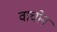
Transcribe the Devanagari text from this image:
वाचोन